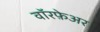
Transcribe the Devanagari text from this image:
वॉरफ़ेअर